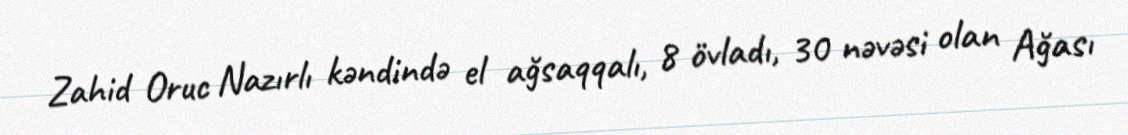
Zahid Oruc Nazırlı kəndində el ağsaqqalı, 8 övladı, 30 nəvəsi olan Ağası